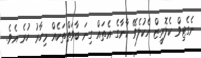
ނެގެޓިވް ކެލޮރީޒް އެކުލެވޭ ކާނާގެ އެތައް ގިނަ ބާވަތްތަކެއް މިހާރު ހުރެ އެވެ.